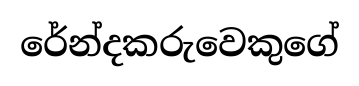
රේන්දකරුවෙකුගේ